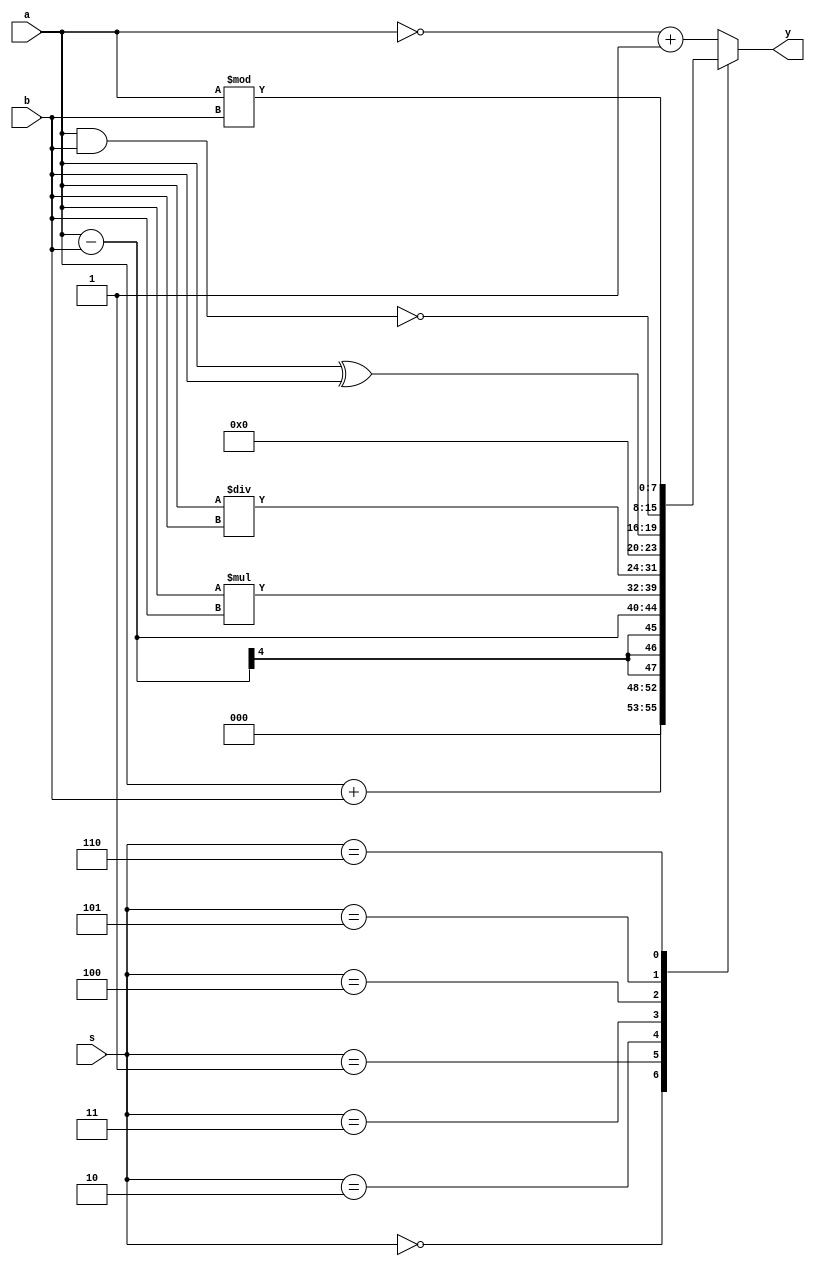
//20L152-SUMITHA R A

module alu(
    input [3:0] a,b,
    input [2:0] s,
    output reg [7:0] y
    );

always @(a,b,s) 
begin
case(s)
3'b000:y=a+b;
3'b001:y=a-b;
3'b010:y=a*b;
3'b011:y=a/b;
3'b100:y=a^b;
3'b101:y=~(a&b);
3'b110:y=a%b;
default:y=(~a)+1;
endcase
end
endmodule